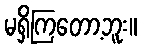
မရှိကြတော့ဘူး။